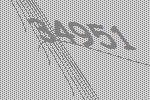
34951